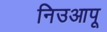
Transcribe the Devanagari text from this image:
निउआपू